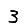
Digit: 3